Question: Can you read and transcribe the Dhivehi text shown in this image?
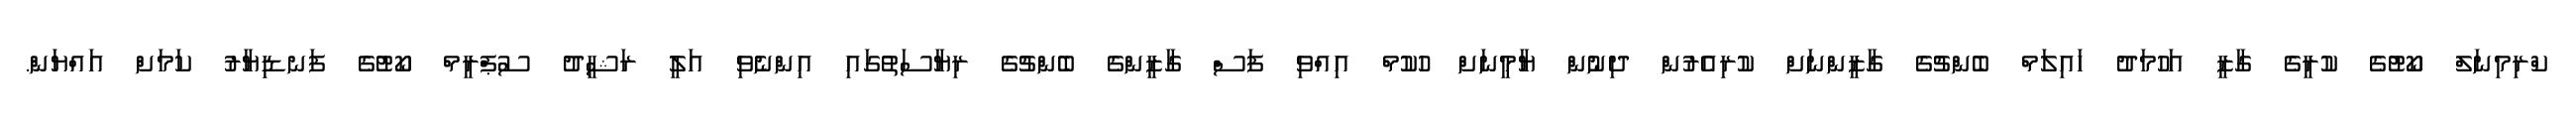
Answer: ކްރިމިނަލް ކޯޓުގެ ކުރީގެ ގާޒީ އަހުމަދު ހައިލަމް ބެންޗުގެ ގާޒީންނަށް ކުރިއެރުން ދިނުން ޔާމީނަށް ހުކުމް އިއްވި ފަސް ގާޒީންގެ ބެންޗުގެ ރިޔާސަތުގައި އިންނެވި އަލީ ރަޝީދު ސުޕްރީމް ކޯޓުގެ ފަނޑިޔާރު ކަމަށް އައްޔަން.